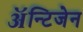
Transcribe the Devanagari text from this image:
ॲन्टिजेन